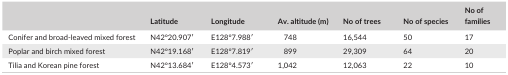
<table><thead><tr><td>[EMPTY_CELL]</td><td><b>Latitude</b></td><td><b>Longitude</b></td><td><b>Av. altitude (m)</b></td><td><b>No of trees</b></td><td><b>No of species</b></td><td><b>No of families</b></td></tr></thead><tbody><tr><td>Conifer and broad‐leaved mixed forest</td><td>N42°20.907′</td><td>E128°7.988′</td><td>748</td><td>16,544</td><td>50</td><td>17</td></tr><tr><td>Poplar and birch mixed forest</td><td>N42°19.168′</td><td>E128°7.819′</td><td>899</td><td>29,309</td><td>64</td><td>20</td></tr><tr><td>Tilia and Korean pine forest</td><td>N42°13.684′</td><td>E128°4.573′</td><td>1,042</td><td>12,063</td><td>22</td><td>10</td></tr></tbody></table>